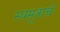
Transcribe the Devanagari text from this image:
स्वमूत्राचे